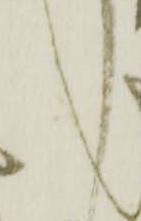
ら